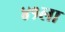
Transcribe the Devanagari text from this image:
४१ला